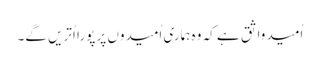
اُمید واثق ہے کہ وہ ہماری اُمیدوں پر پورا اُتریں گے۔